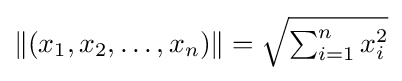
\|(x_{1},x_{2},\dots ,x_{n})\|={\sqrt {\textstyle \sum _{i=1}^{n}x_{i}^{2}}}